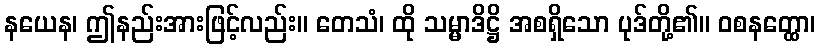
နယေန၊ ဤနည်းအားဖြင့်လည်း။ တေသံ၊ ထို သမ္မာဒိဋ္ဌိ အစရှိသော ပုဒ်တို့၏။ ဝစနတ္ထော၊